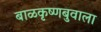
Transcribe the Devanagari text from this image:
बाळकृष्णबुवाला